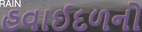
હવાઈદળનો